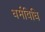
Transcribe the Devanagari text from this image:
धर्मविधि